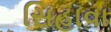
સિહાવા